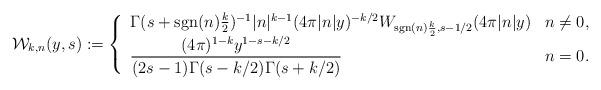
LaTeX: \begin{align*}\mathcal{W}_{k,n}(y,s) := \left\{\begin{array}{ll}\Gamma(s+\mathrm{sgn}(n)\frac{k}{2})^{-1}|n|^{k-1}(4\pi |n|y)^{-k/2}W_{\mathrm{sgn}(n)\frac{k}{2}, s-1/2}(4\pi|n|y) & n \neq 0,\\\dfrac{(4\pi)^{1-k}y^{1-s-k/2}}{(2s-1)\Gamma(s-k/2)\Gamma(s+k/2)} & n = 0.\end{array} \right.\end{align*}